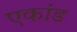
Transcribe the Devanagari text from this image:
एकांड